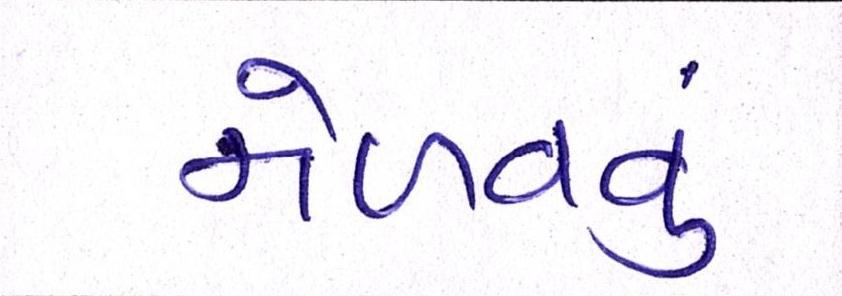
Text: મેળવવું